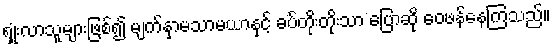
ရှုံးလာသူများဖြစ်၍ မျက်နှာမသာမယာနှင့် ခပ်တိုးတိုးသာ ပြောဆို ဝေဖန်နေကြသည်။